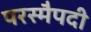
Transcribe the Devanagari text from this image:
परस्मैपदी